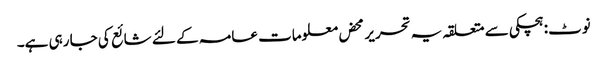
نوٹ: ہچکی سے متعلقہ یہ تحریر محض معلومات عامہ کے لئے شائع کی جا رہی ہے۔